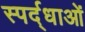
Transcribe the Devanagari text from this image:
स्पर्द्धाओं